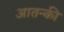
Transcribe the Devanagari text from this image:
आतन्की